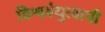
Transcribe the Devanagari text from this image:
विश्वबंधुत्वाची